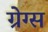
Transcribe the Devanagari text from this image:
ग्रेग्स